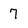
Character: 7